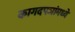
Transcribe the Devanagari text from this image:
कागदपञांमध्ये